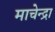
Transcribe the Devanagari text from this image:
माचेन्द्रा